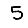
Digit: 5